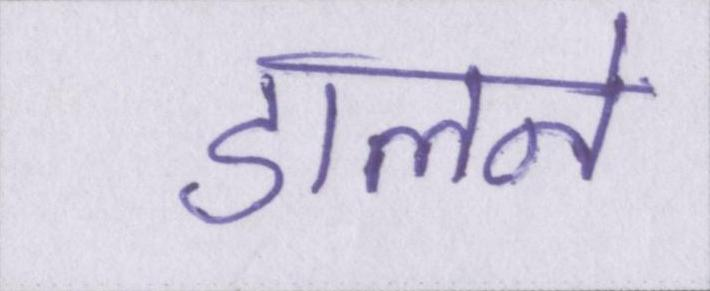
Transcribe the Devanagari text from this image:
डालने